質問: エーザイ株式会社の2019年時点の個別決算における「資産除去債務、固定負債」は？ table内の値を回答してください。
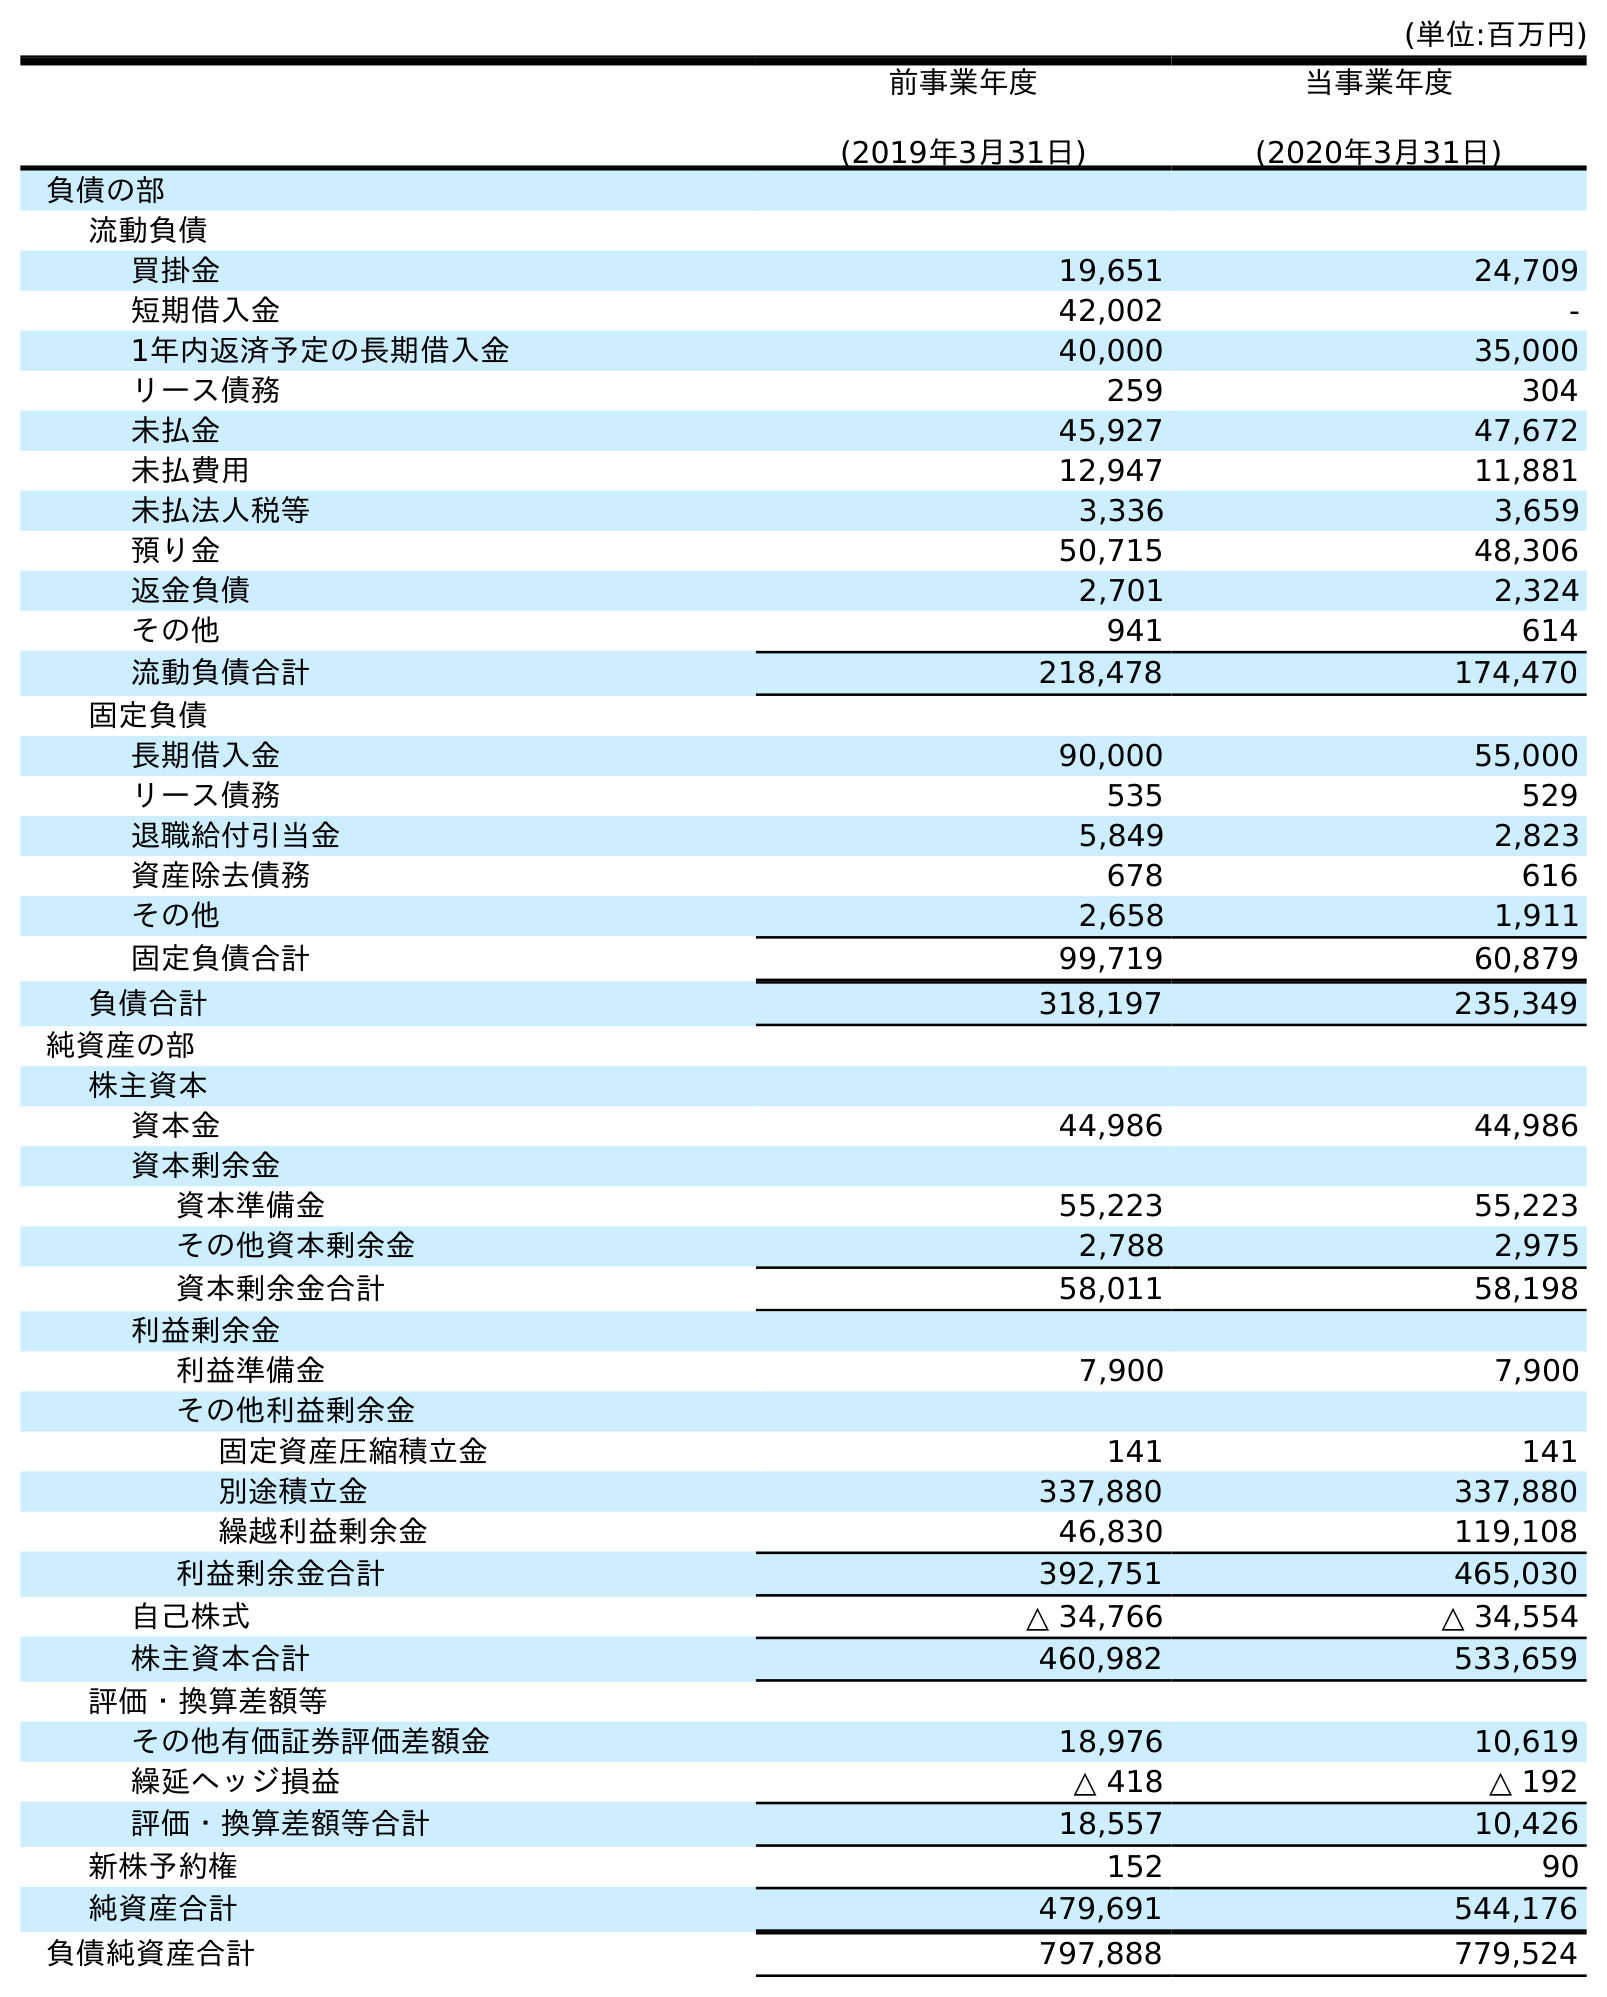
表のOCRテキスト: (単位:百万円) 前事業年度 (2019年3月31日) 当事業年度 (2020年3月31日) 負債の部 流動負債 買掛金 19,651 24,709 短期借入金 42,002 - 1年内返済予定の長期借入金 40,000 35,000 リース債務 259 304 未払金 45,927 47,672 未払費用 12,947 11,881 未払法人税等 3,336 3,659 預り金 50,715 48,306 返金負債 2,701 2,324 その他 941 614 流動負債合計 218,478 174,470 固定負債 長期借入金 90,000 55,000 リース債務 535 529 退職給付引当金 5,849 2,823 資産除去債務 678 616 その他 2,658 1,911 固定負債合計 99,719 60,879 負債合計 318,197 235,349 純資産の部 株主資本 資本金 44,986 44,986 資本剰余金 資本準備金 55,223 55,223 その他資本剰余金 2,788 2,975 資本剰余金合計 58,011 58,198 利益剰余金 利益準備金 7,900 7,900 その他利益剰余金 固定資産圧縮積立金 141 141 別途積立金 337,880 337,880 繰越利益剰余金 46,830 119,108 利益剰余金合計 392,751 465,030 自己株式 △ 34,766 △ 34,554 株主資本合計 460,982 533,659 評価・換算差額等 その他有価証券評価差額金 18,976 10,619 繰延ヘッジ損益 △ 418 △ 192 評価・換算差額等合計 18,557 10,426 新株予約権 152 90 純資産合計 479,691 544,176 負債純資産合計 797,888 779,524
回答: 678